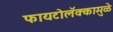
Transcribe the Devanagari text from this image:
फायटोलॅक्कामुळे